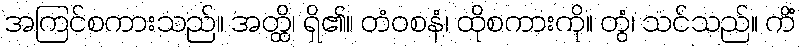
အကြင်စကားသည်။ အတ္ထိ၊ ရှိ၏။ တံဝစနံ၊ ထိုစကားကို။ တွံ၊ သင်သည်။ ကိံ